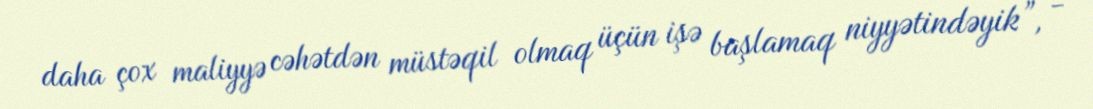
daha çox maliyyə cəhətdən müstəqil olmaq üçün işə başlamaq niyyətindəyik”, -